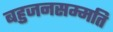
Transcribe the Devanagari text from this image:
बहुजनसम्मति